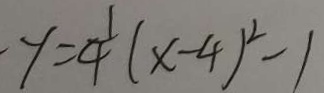
y = \frac { 1 } { 4 } ( x - 4 ) ^ { 2 } - 1